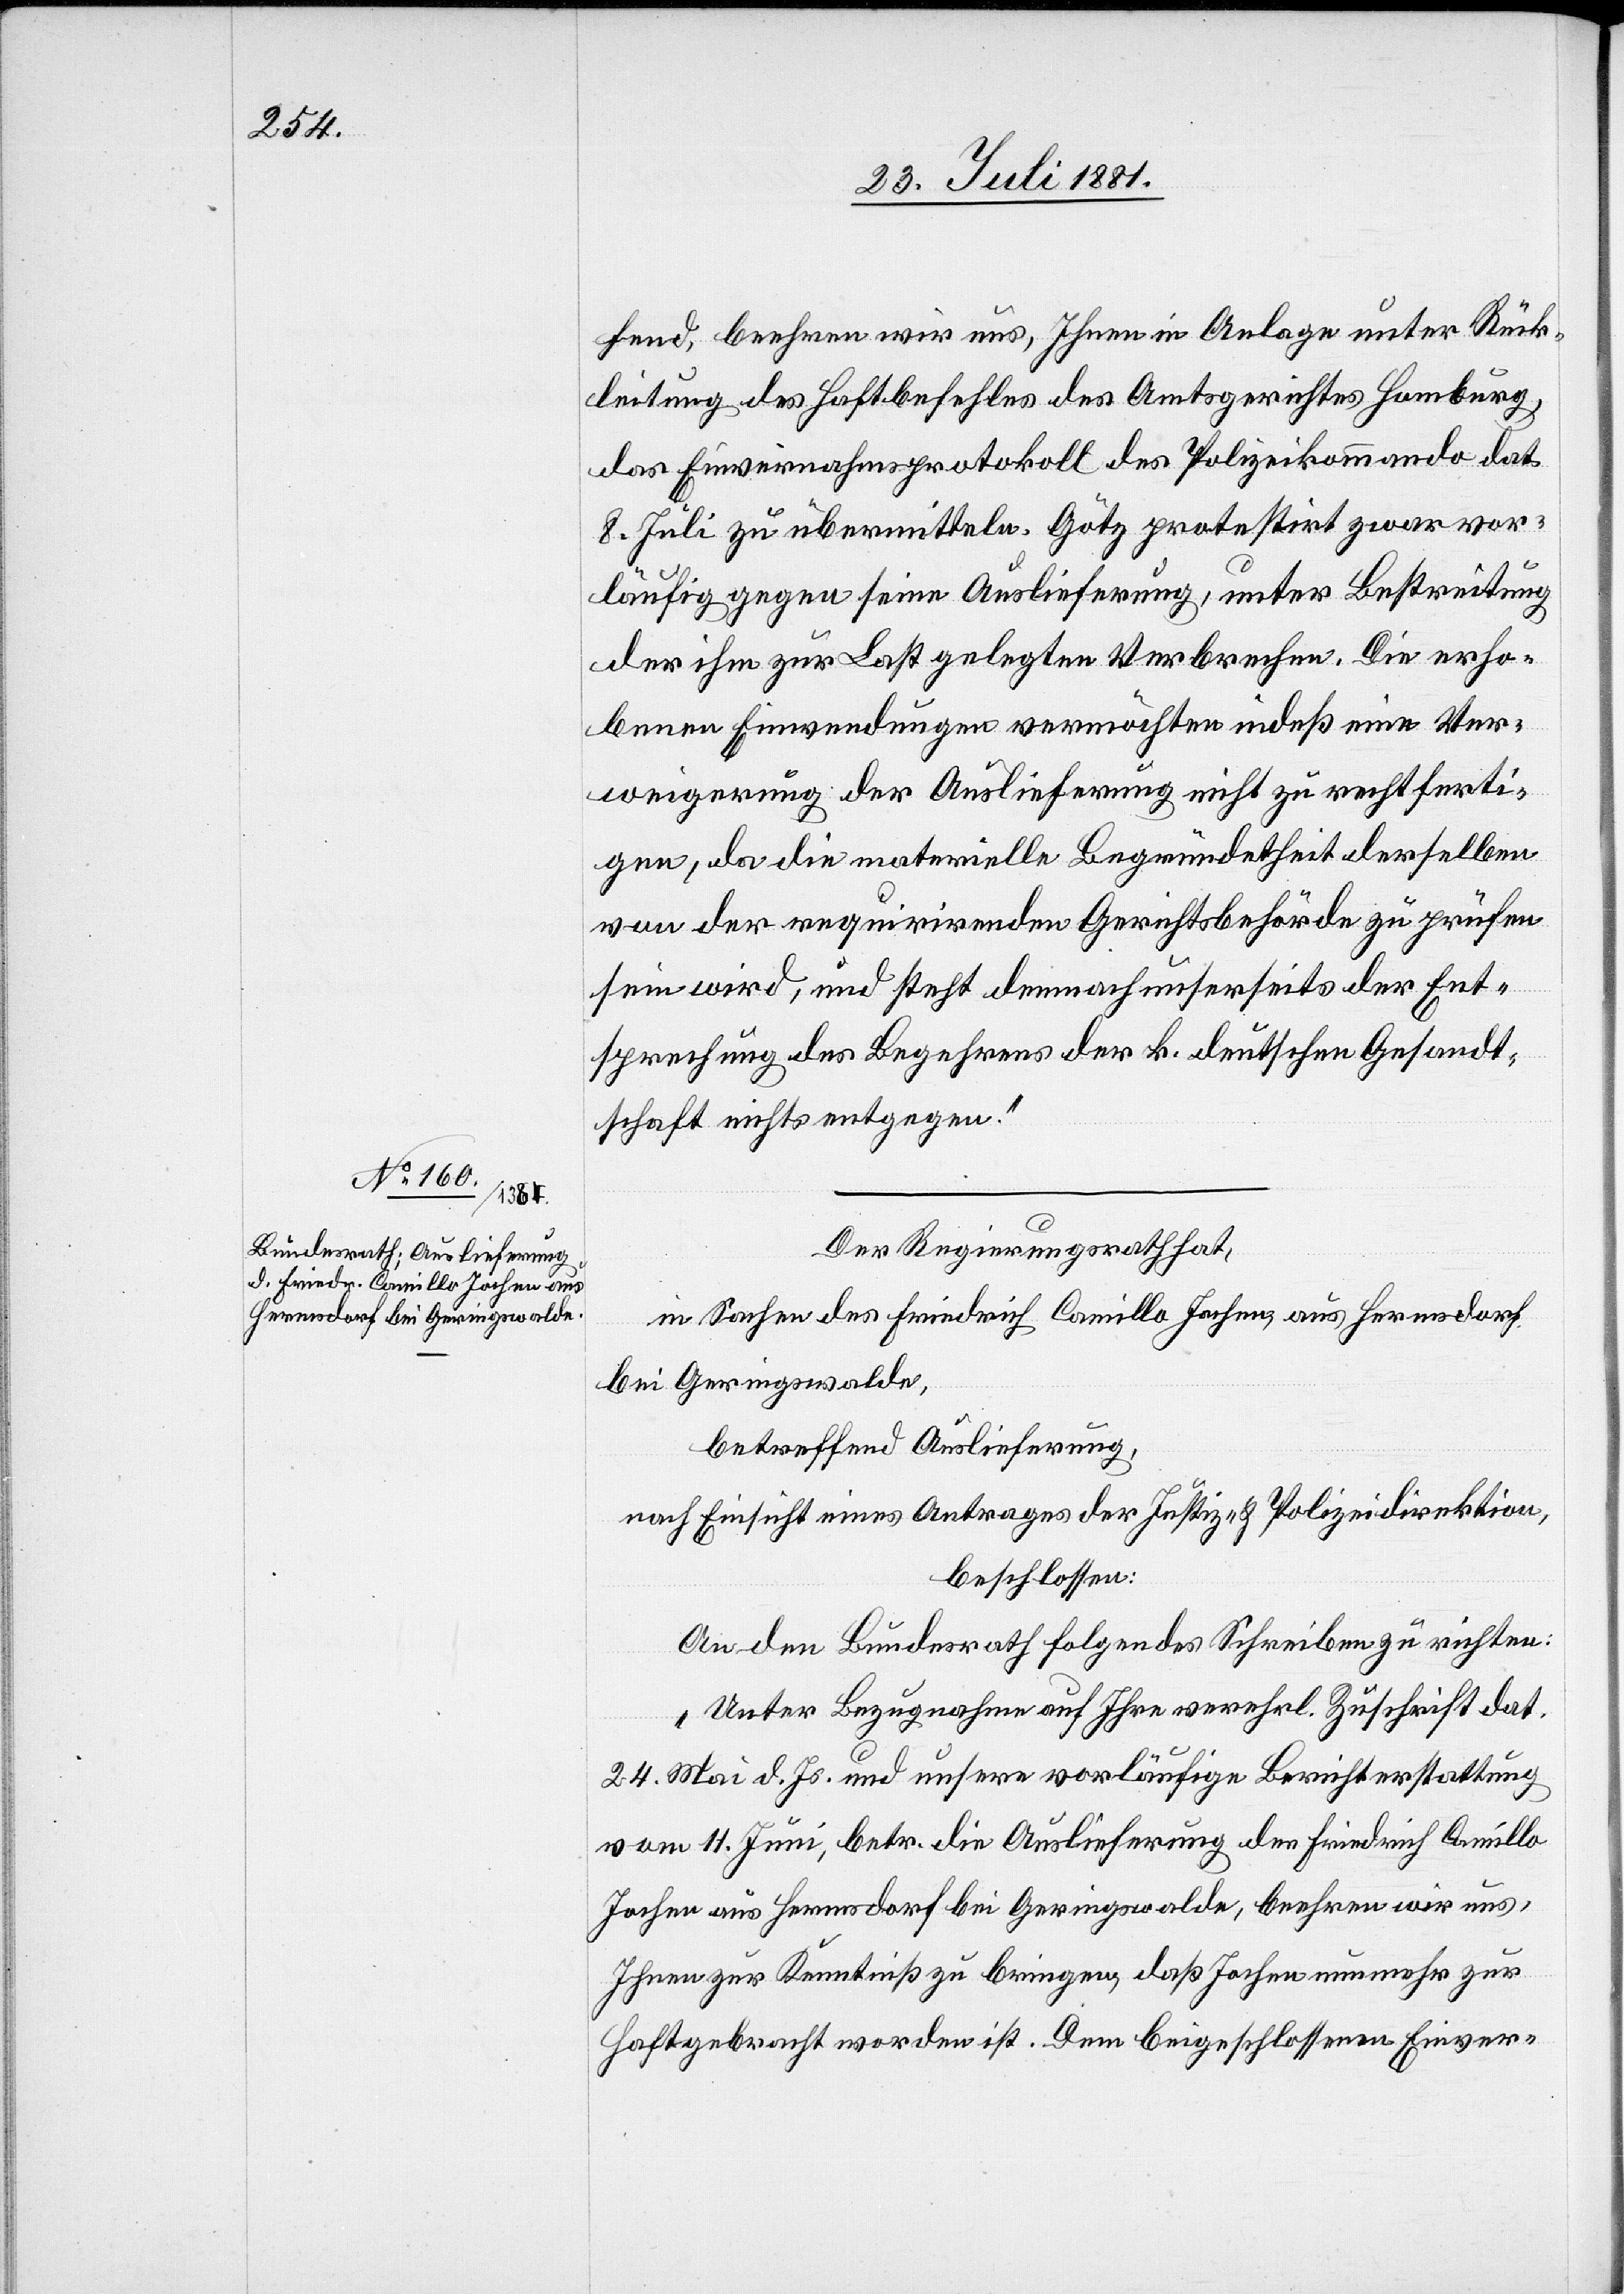
fend, beehren wir uns, Ihnen in Anlage unter Rück¬
leitung des Haftbefehls des Amtsgerichtes Hamburg,
das Einvernahmsprotokoll des Polizeikommando dat.
8. Juli zu übermitteln. Götz protestirt zwar vor¬
läufig gegen seine Auslieferung, unter Bestreitung
der ihm zur Last gelegten Verbrechen. Die erho¬
benen Einwendungen vermöchten indeß eine Ver¬
weigerung der Auslieferung nicht zu rechtferti¬
gen, da die materielle Begründetheit derselben
von der requirirenden Gerichtsbehörde zu prüfen
sein wird, und steht demnach unserseits der Ent¬
sprechung des Begehrens der k. deutschen Gesandt¬
schaft nichts entgegen.“
Der Regierungsrath hat,
in Sachen des Friedrich Camillo Jochen, aus Hermsdorf,
bei Geringswalde,
betreffend Auslieferung,
nach Einsicht eines Antrages der Justiz- & Polizeidirektion,
beschlossen:
An den Bundesrath folgendes Schreiben zu richten:
„Unter Bezugnahme auf Ihre verehrl. Zuschrift dat.
24. Mai d. Js. und unsere vorläufige Berichterstattung
vom 11. Juni, betr. die Auslieferung den [sic!] Friedrich Camillo
Jochen aus Hermsdorf bei Geringswalde, beehren wir uns
Ihnen zur Kenntniß zu bringen, daß Jochen nunmehr zur
Haft gebracht worden ist. Dem beigeschlossenen [sic!] Einver-